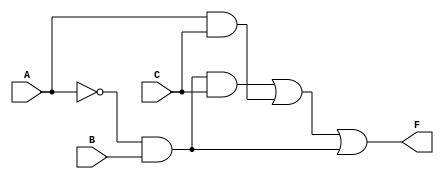
module Boolean (input A, B, C, output F);
    wire A_n, B_n, C_n; // Declare wires for the negated inputs

    assign A_n = ~A; // Negate A
    assign B_n = ~B; // Negate B
    assign C_n = ~C; // Negate C

    // Implement the Boolean function F = A'BC + AC + A'B
    assign F = (A_n & B & C) | (A & C) | (A_n & B);
endmodule